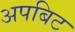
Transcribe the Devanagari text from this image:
अपबिट